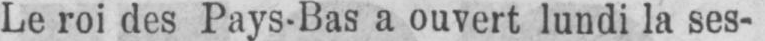
Le roi des Pays-Bas a ouvert lundi la ses-